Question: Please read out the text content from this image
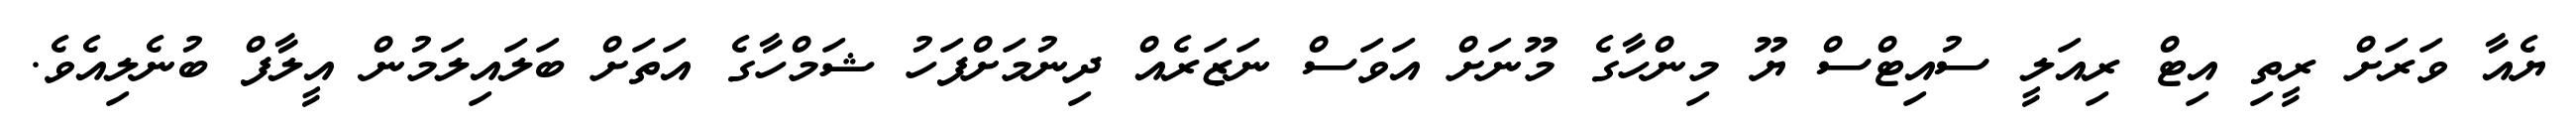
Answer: ޔެއާ ވަރަށް ރީތި އިޓް ރިއަލީ ސުއިޓްސް ޔޫ މިންހާގެ މޫނަށް އަވަސް ނަޒަރެއް ދިނުމަށްފަހު ޝަމްހާގެ އަތަށް ބަލައިލަމުން އީލާފް ބުނެލިއެވެ.